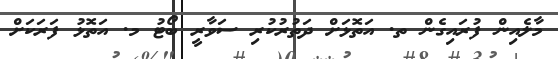
މާލެއިން ފުރައިގެން ތ. އަތޮޅަށް ދަތުރުކުރި ސަވާރީ ބޯޓު މ. އަތޮޅު ފަރަކަށް